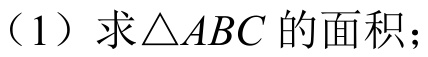
（1）求\(\triangle ABC\)的面积；